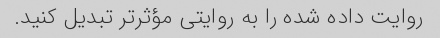
روایت داده شده را به روایتی مؤثرتر تبدیل کنید.